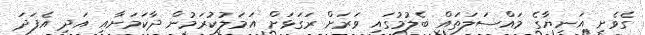
ގެވެށި އަނިޔާގެ މައްސަލަތައް ބެލުމުގައި ވަރަށް ރަގަޅަށް އަމަލުކުރަމުން ދާކަމަށާއި އަދި އެފަދަ